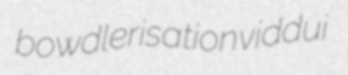
bowdlerisation viddui